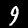
Label: 9